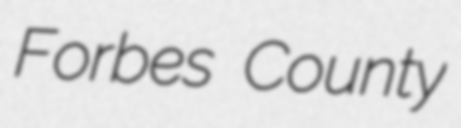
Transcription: Forbes County